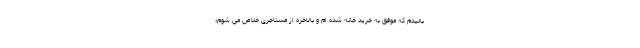
بالیدم که موفق به خرید خانه شده ام و بالاخره از مستاجری خلاص می شوم؛